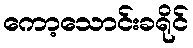
ကော့သောင်းခရိုင်